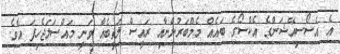
އެ އެސޯސިއޭޝަންގެ އެކްސޯގެ ބައެއް މެމްބަރުންނާއި ރައީސް ލަތީބެއާ ވަނީ މައްސަލަޖެހިފަ އެވެ.